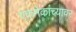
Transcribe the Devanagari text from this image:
एकमेकांच्यावर